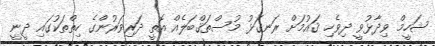
ޝަހީމް ވިދާޅުވީ ދިވެހި ޤައުމަށް ރަނގަޅު މުސްތަޤްބަލެއް އޮތީ ދަރިވަރުންގެ ހިތްތަކުގައި ދީނީ